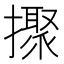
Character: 𢷗